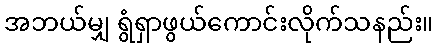
အဘယ်မျှ ရွံရှာဖွယ်ကောင်းလိုက်သနည်း။